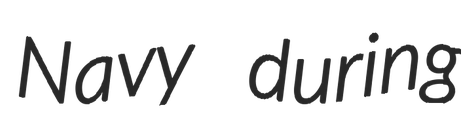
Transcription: Navy during